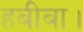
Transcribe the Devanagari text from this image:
हबीबा।